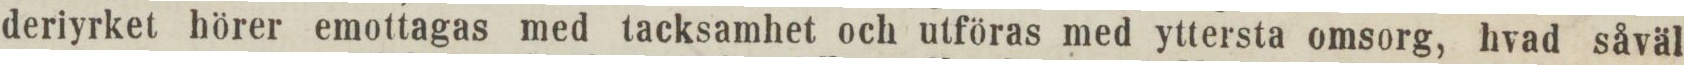
deriyrket hörer emottagas med tacksamhet och utföras med yttersta omsorg, hvad såväl